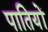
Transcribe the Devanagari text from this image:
पातियों